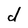
Character: d